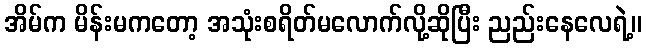
အိမ်က မိန်းမကတော့ အသုံးစရိတ်မလောက်လို့ဆိုပြီး ညည်းနေလေရဲ့။